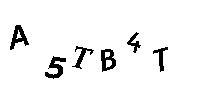
A5TB4T